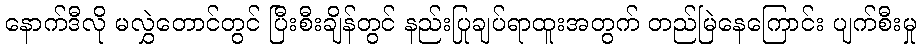
နောက်ဒီလို မလွှဲတောင်တွင် ပြီးစီးချိန်တွင် နည်းပြချုပ်ရာထူးအတွက် တည်မြဲနေကြောင်း ပျက်စီးမှု